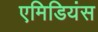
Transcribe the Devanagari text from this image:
एमिडियंस